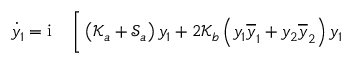
\begin{array} { r l } { \dot { y } _ { 1 } = \mathrm { i } \, } & { { } \Bigg [ \left( \mathcal { K } _ { a } + \mathcal { S } _ { a } \right) y _ { 1 } + 2 \mathcal { K } _ { b } \left( y _ { 1 } \overline { { y } } _ { 1 } + y _ { 2 } \overline { { y } } _ { 2 } \right) y _ { 1 } } \end{array}